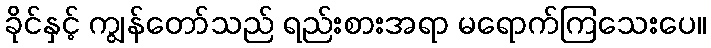
ခိုင်နှင့် ကျွန်တော်သည် ရည်းစားအရာ မရောက်ကြသေးပေ။